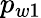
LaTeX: p_{w1}